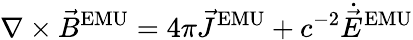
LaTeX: \nabla\times{\vec{B}}^{\mathrm{EMU}}=4\pi{\vec{J}}^{\mathrm{EMU}}+c^{-2}{\dot{\vec{E}}}^{\mathrm{EMU}}